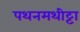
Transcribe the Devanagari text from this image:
पथनमथीट्टा